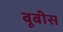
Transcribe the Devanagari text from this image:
बूबीस